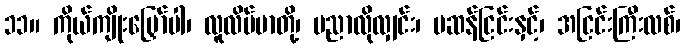
၁၁။ ကိုယ်ကျိုးမြှော်ပါ၊ လူလိမ်မာတို့၊ ပညာလိုလျှင်း၊ မဆန်ငြင်းနှင့်၊ အငြင်းကြီးလစ်၊